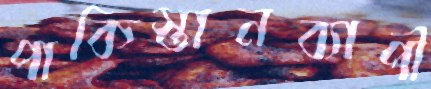
পাকিস্তানব্যাপী